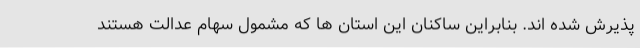
پذیرش شده اند. بنابراین ساکنان این استان ها که مشمول سهام عدالت هستند